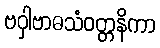
ဗဝှါဗာဓသံဝတ္တနိကာ